Annual report of the Bengal Veterinary College and of the Civil Veterinary Department, Bengal, for the year 1899-1900 - 1899-1900
Year: 1899
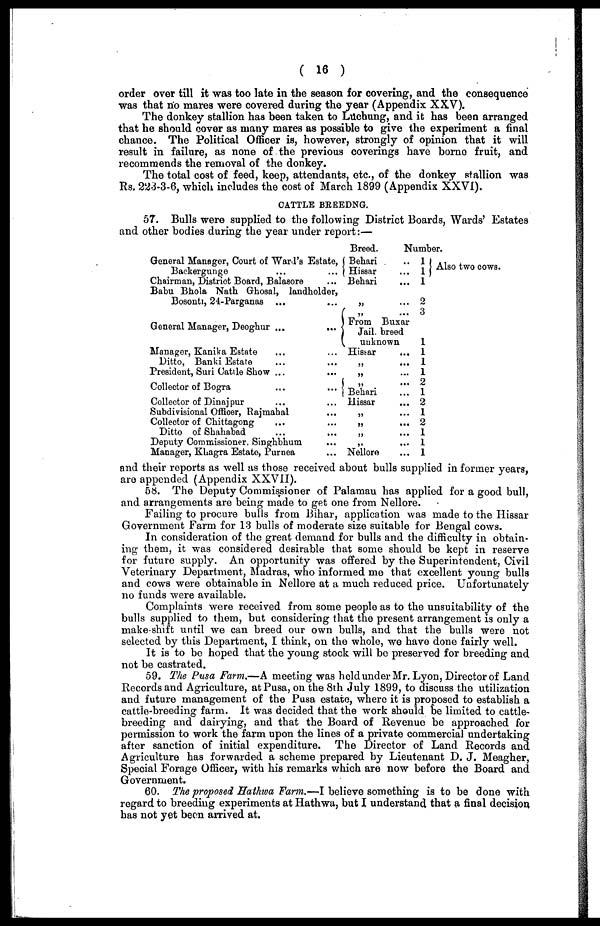
( 16 )
order over till it was too late in the season for covering, and the consequence
was that no mares were covered during the year (Appendix XXV).
The donkey stallion has been taken to Luchung, and it has been arranged
that he should cover as many mares as possible to give the experiment a final
chance. The Political Officer is, however, strongly of opinion that it will
result in failure, as none of the previous coverings have borne fruit, and
recommends the removal of the donkey.
The total cost of feed, keep, attendants, etc., of the donkey stallion was
Rs. 223-3-6, which includes the cost of March 1899 (Appendix XXVI).
CATTLE BEEEDNG.
57. Bulls were supplied to the following District Boards, Wards' Estates
and other bodies during the year under report:—
General Manager, Court of Ward's
Estate Baekergunge
Chairman, District Board, Balasore
...
...
Babu Bhola Nath Grhosal,
landholder, Bosonti, 24-Parganas
General Manager, Deoghur ...
Manager, Kanika Estate
Ditto, Banki Estate
President, Suri Cattle Show ...
Collector of Bogra
Collector of Dinajpur
Subdivisional Offioer, Rajmahal
Collector of Chittagong
Ditto of Shahabad
Deputy Commissioner, Singhbhum
Manager, KLagra Estate, Purnea
...
...
...
...
...
...
...
...
...
...
...
...
Breed.
Behari
Hissar
Behari
From Buxar
Jail, breed
uuknown
Hissar
Behari
Hissar
Nellore
umber.
Also two cows.
1
2
3
1
1
1
1
2
1
2
1
2
1
1
1
and their reports as well as those received about bulls supplied in former years,
are appended (Appendix XXVII).
58. The Deputy Commissioner of Palamau has applied for a good bull,
and arrangements are being made to get one from Nellore.
Failing to procure bulls from Bihar, application was made to the Hissar
Government Farm for 13 bulls of moderate size suitable for Bengal cows.
In consideration of the great demand for bulls and the difficulty in obtain-
ing them, it was considered desirable that some should be kept in reserve
for future supply. An opportunity was offered by the Superintendent, Civil
Veterinary Department, Madras, who informed me that excellent young bulls
and cows were obtainable in Nellore at a much reduced price. Unfortunately
no funds were available.
Complaints were received from some people as to the unsuitability of the
bulls supplied to them, but considering that the present arrangement is only a
make-shift until we can breed our own bulls, and that the bulls were not
selected by this Department, I think, on the whole, we have done fairly well.
It is to be hoped that the young stock will be preserved for breeding and
not be castrated.
59. The Pusa Farm,—A meeting was held under Mr. Lyon, Director of Land
Records and Agriculture, at Pusa, on the 8th July 1899, to discuss the utilization
and future management of the Pusa estate, where it is proposed to establish a
cattle-breeding farm. It was decided that the work should be limited to cattle-
breeding and dairying, and that the Board of Revenue be approached for
permission to work the farm upon the lines of a private commercial undertaking
after sanction of initial expenditure. The Director of Land Records and
Agriculture has forwarded a scheme prepared by Lieutenant D. J. Bfeagher,
Special Forage Officer, with his remarks which are now before the Board and
Government.
60. The proposed Hathwa Farm.—I believe something is to be done with
regard to breeding experiments at Hathwa, but I understand that a final decision
has not yet been arrived at.